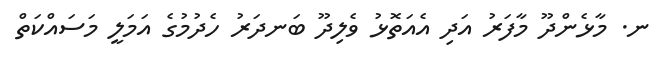
ނ. މާޅެންދޫ މާފަރު އަދި އެއަތޮޅު ވެލިދޫ ބަނދަރު ހެދުމުގެ އަމަލީ މަސައްކަތް